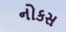
નોકસ